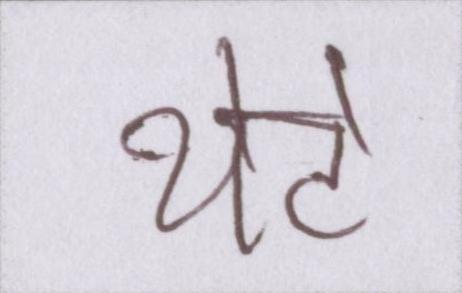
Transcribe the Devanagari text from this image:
थेटे